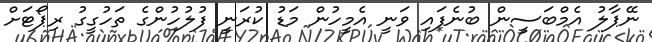
ނޭޕާލު އެމްބަސީން ބުނެފައި ވަނީ އެމީހުން މަޑު ކުރަނީ ފުލުހުންގެ ތަހުގީގު ރިޕޯޓަށް